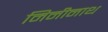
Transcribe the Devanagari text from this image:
मिनीनाथ